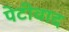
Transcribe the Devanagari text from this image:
पेटीवाद